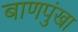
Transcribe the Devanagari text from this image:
बाणपुंखा